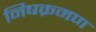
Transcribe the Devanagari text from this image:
निषक्रमण